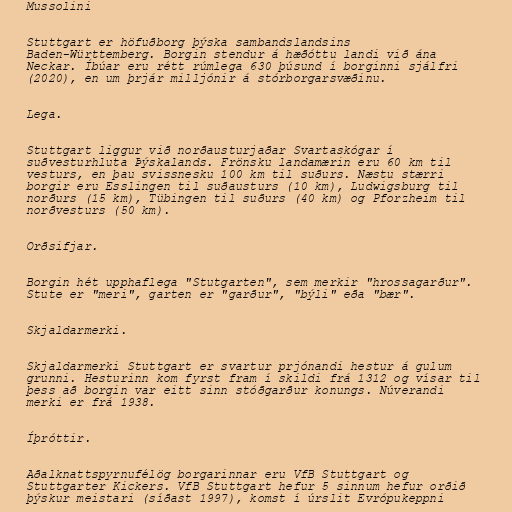
Mussolini

Stuttgart er höfuðborg þýska sambandslandsins
Baden-Württemberg. Borgin stendur á hæðóttu landi við ána
Neckar. Íbúar eru rétt rúmlega 630 þúsund í borginni sjálfri
(2020), en um þrjár milljónir á stórborgarsvæðinu.

Lega.

Stuttgart liggur við norðausturjaðar Svartaskógar í
suðvesturhluta Þýskalands. Frönsku landamærin eru 60 km til
vesturs, en þau svissnesku 100 km til suðurs. Næstu stærri
borgir eru Esslingen til suðausturs (10 km), Ludwigsburg til
norðurs (15 km), Tübingen til suðurs (40 km) og Pforzheim til
norðvesturs (50 km).

Orðsifjar.

Borgin hét upphaflega "Stutgarten", sem merkir "hrossagarður".
Stute er "meri", garten er "garður", "býli" eða "bær".

Skjaldarmerki.

Skjaldarmerki Stuttgart er svartur prjónandi hestur á gulum
grunni. Hesturinn kom fyrst fram í skildi frá 1312 og vísar til
þess að borgin var eitt sinn stóðgarður konungs. Núverandi
merki er frá 1938.

Íþróttir.

Aðalknattspyrnufélög borgarinnar eru VfB Stuttgart og
Stuttgarter Kickers. VfB Stuttgart hefur 5 sinnum hefur orðið
þýskur meistari (síðast 1997), komst í úrslit Evrópukeppni